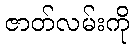
ဇာတ်လမ်းကို